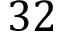
3 2